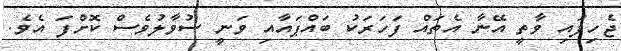
ޖެހިފައި ވާތީ އޭނާ އެތައް ފަހަރަކު ބައްޕައާއި ވަނީ ސުވާލުވެސް ކޮށްފަ އެވެ.